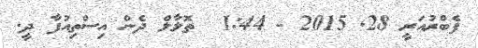
ފެބްރުއަރީ 28